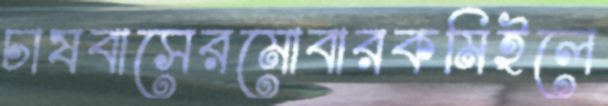
চাষবাসেরমোবারকমিইলে